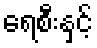
ရေစီးနှင့်